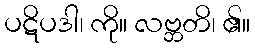
ပဋိပဒါ၊ ကို။ လဗ္ဘတိ၊ ၏။